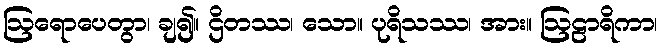
ဩရောပေတွာ၊ ချ၍။ ဌိတဿ၊ သော။ ပုရိသဿ၊ အား။ ဩဠာရိကာ၊